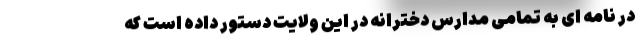
در نامه ای به تمامی مدارس دخترانه در این ولایت دستور داده است که